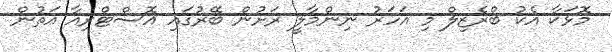
މޮޅަކާ އެކު ބްރެޒިލް މި އަހަރު ނިންމާލީ ރަށުން ބޭރުގައި އޮސްޓްރިއާ އަތުން